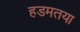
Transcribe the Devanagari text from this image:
हडमतया